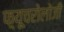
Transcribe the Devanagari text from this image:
फ़्यूचरोलोजी